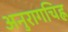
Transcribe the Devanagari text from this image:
अनुरागचिह्न